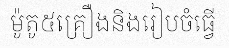
ម៉ូតូ៥គ្រឿងនិងរៀបចំធ្វើ